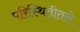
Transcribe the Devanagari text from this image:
परिस्थितीतले